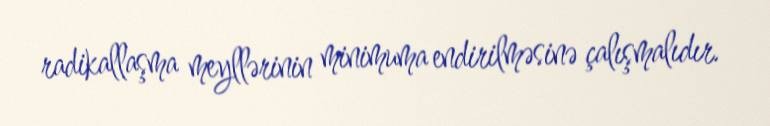
radikallaşma meyllərinin minimuma endirilməsinə çalışmalıdır.